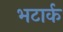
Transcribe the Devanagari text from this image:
भटार्क